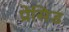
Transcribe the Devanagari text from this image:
प्रेसिड